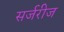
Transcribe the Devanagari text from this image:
सर्जरीज